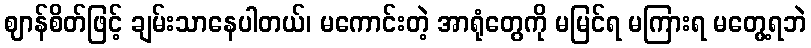
ဈာန်စိတ်ဖြင့် ချမ်းသာနေပါတယ်၊ မကောင်းတဲ့ အာရုံတွေကို မမြင်ရ မကြားရ မတွေ့ရဘဲ